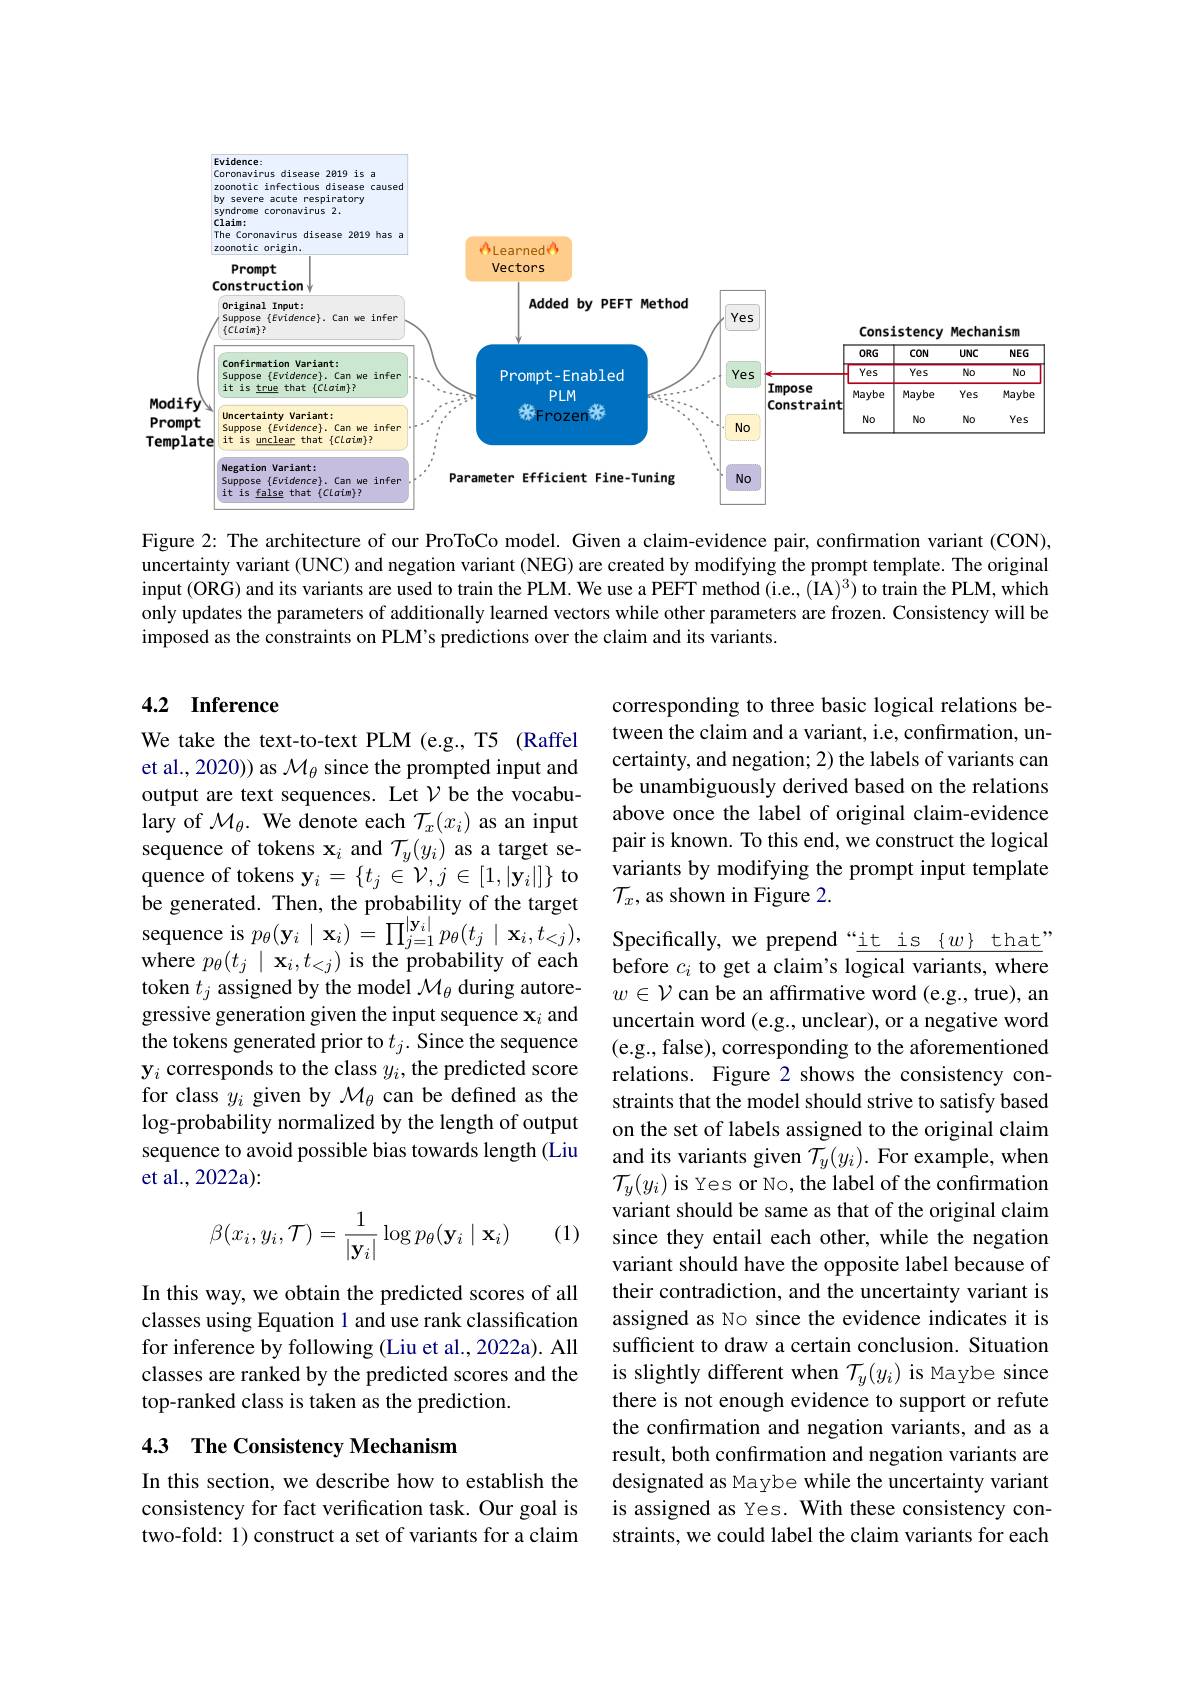
<FigureHere>

Evidence: Coronavirus disease 2819 is a zoonotic infectious disease can

Figure 2: The architecture of our ProToCo model. Given a claim-evidence pair, confirmation variant (CON), uncertainty variant (UNC) and negation variant (NEG) are created by modifying the prompt template. The original input (ORG) and its variants are used to train the PLM. We use a PEFT method (i.e., (IA)$^3)$ to train the PLM, which only updates the parameters of additionally learned vectors while other parameters are frozen. Consistency will be imposed as the constraints on PLM's predictions over the claim and its variants.

# 4.2 Inference

corresponding to three basic logical relations between the claim and a variant, i.e, confirmation, uncertainty, and negation; 2) the labels of variants can be unambiguously derived based on the relations above once the label of original claim-evidence pair is known. To this end, we construct the logical variants by modifying the prompt input template $\mathcal{T}_x$,as shown in Figure 2.

We take the text-to-text PLM (e.g., T5 (Raffel et al., 2020)) as $\mathcal{M}_\theta$ since the prompted input and output are text sequences. Let $\mathcal{V}$ be the vocabulary of $\mathcal{M}_\theta.$ We denote each $\mathcal{T}_x(x_i)$ as an input sequence of tokens $\mathbf{x}_i$ and $\mathcal{T}_y(y_i)$ as a target sequence of tokens $\mathbf{y}_i=\{t_j\in\mathcal{V},j\in[1,|\mathbf{y}_i|]\}$ to be generated. Then, the probability of the target sequence is $p_\theta ( \mathbf{y} _i\mid \mathbf{x} _i) = \prod _{j= 1}^{| \mathbf{y} _i| }p_\theta ( t_j\mid \mathbf{x} _i, t_{< j}) $, Specifically,we prepend “it is{w} that"
where $p_\theta(t_j\mid\mathbf{x}_i,t_{<j})$ is the probability of each token $t_j$ assigned by the model $\mathcal{M}_\theta$ during autoregressive generation given the input sequence $\mathbf{x}_i$ and the tokens generated prior to $t_j.$ Since the sequence $\mathbf{y}_i$ corresponds to the class $y_i$, the predicted score for class $y_i$ given by $\mathcal{M}_\theta$ can be defined as the log-probability normalized by the length of output sequence to avoid possible bias towards length (Liu et al., 2022a):

(1)
$$\beta(x_i,y_i,\mathcal{T})=\frac{1}{|\mathbf{y}_i|}\log p_\theta(\mathbf{y}_i\mid\mathbf{x}_i)$$
before $c_i$ to get a claim's logical variants, where $w\in\mathcal{V}$ can be an affirmative word (e.g., true), an uncertain word (e.g., unclear), or a negative word (e.g., false), corresponding to the aforementioned relations. Figure 2 shows the consistency constraints that the model should strive to satisfy based on the set of labels assigned to the original claim and its variants given $\mathcal{T}_y(y_i).$ For example, when $\mathcal{T}_y(y_i)$ is Yes or No, the label of the confirmation variant should be same as that of the original claim since they entail each other, while the negation variant should have the opposite label because of their contradiction, and the uncertainty variant is assigned as No since the evidence indicates it is sufficient to draw a certain conclusion. Situation is slightly different when $\mathcal{T}_y(y_i)$ is Maybe since there is not enough evidence to support or refute the confirmation and negation variants, and as a result, both confirmation and negation variants are designated as Maybe while the uncertainty variant is assigned as Yes. With these consistency constraints, we could label the claim variants for each

In this way, we obtain the predicted scores of all classes using Equation 1 and use rank classification for inference by following (Liu et al., 2022a). All classes are ranked by the predicted scores and the top-ranked class is taken as the prediction.

## 4.3 The Consistency Mechanism

In this section, we describe how to establish the consistency for fact verification task. Our goal is two-fold: 1) construct a set of variants for a claim